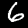
Digit: 6